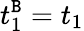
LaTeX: t_{1}^{\mathtt{B}}=t_{1}